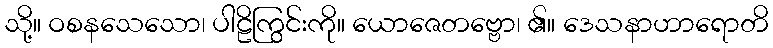
သို့။ ဝစနသေသော၊ ပါဠိကြွင်းကို။ ယောဇေတဗ္ဗော၊ ၏။ ဒေသနာဟာရောတိ